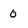
Character: 0